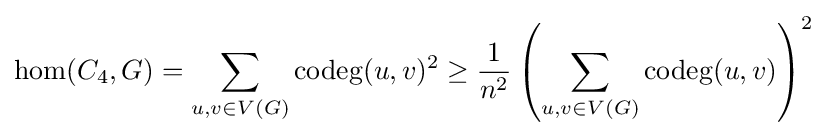
\operatorname {hom} (C_{4},G)=\sum _{u,v\in V(G)}\operatorname {codeg} (u,v)^{2}\geq {\frac {1}{n^{2}}}\left(\sum _{u,v\in V(G)}\operatorname {codeg} (u,v)\right)^{2}